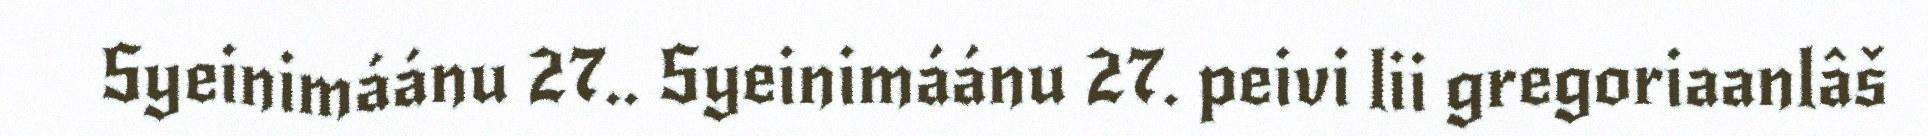
Syeinimáánu 27.. Syeinimáánu 27. peivi lii gregoriaanlâš